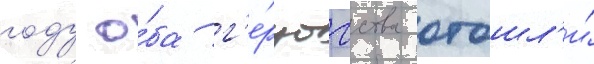
году о́ба г'е́рцогства отошл'и́